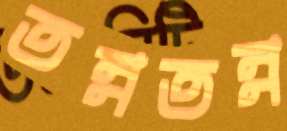
তন্নতন্ন